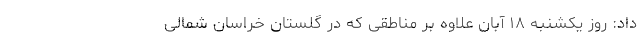
داد: روز یکشنبه ۱۸ آبان علاوه بر مناطقی که در گلستان خراسان شمالی